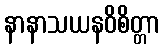
နာနာသယနဝိစိတ္တာ